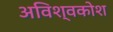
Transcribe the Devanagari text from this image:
अविश्वकोश